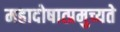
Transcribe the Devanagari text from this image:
महादोषात्प्रमुच्यते